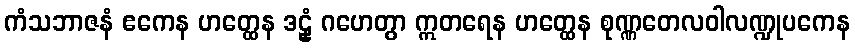
ကံသဘာဇနံ ဧကေန ဟတ္ထေန ဒဠှံ ဂဟေတွာ ဣတရေန ဟတ္ထေန စုဏ္ဏတေလဝါလဏ္ဍုပကေန